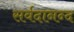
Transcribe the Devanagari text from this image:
सर्वदानन्द